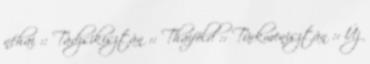
néhai :: Tádzsikisztán :: Thaiföld :: Türkmenisztán :: Új